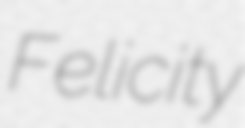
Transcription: Felicity